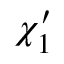
\chi _ { 1 } ^ { \prime }